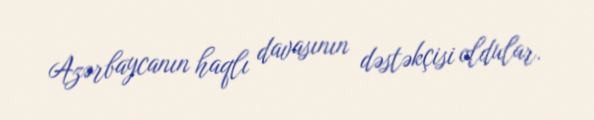
Azərbaycanın haqlı davasının dəstəkçisi oldular.